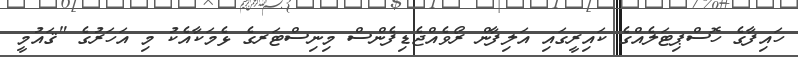
ހައިފާގެ ހޮސްޕިޓަލެއްގެ ކައިރީގައި އަލިފާން ރޯވެއްޖެޑިފެންސް މިނިސްޓަރގެ ޅެމަކާއެކު މި އަހަރުގެ "ޤައުމީ